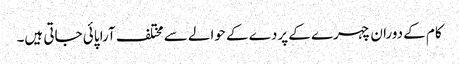
کام کے دوران چہرے کے پردے کے حوالے سے مختلف آرا پائی جاتی ہیں۔